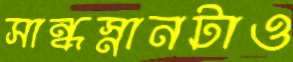
সান্ধস্নানটাও